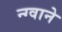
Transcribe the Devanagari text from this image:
न्ग्वाने